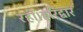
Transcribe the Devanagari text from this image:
रही।हरिद्वार